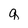
Character: q